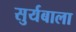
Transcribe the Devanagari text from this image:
सुर्यबाला